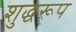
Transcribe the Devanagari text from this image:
शुद्धरूप